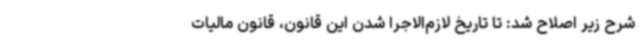
شرح زیر اصلاح شد: تا تاریخ لازم‌الاجرا شدن این قانون، قانون مالیات